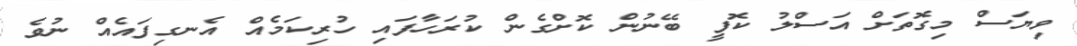
ވިޔަސް މިގޮތަށް އަސްލު ކޮފީ ބޭނުން ކޮށްގެން ކުރަހާފައި ހުރިކަމެއް އެނގިފައެއް ނުވެ